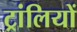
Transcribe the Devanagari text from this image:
ट्रांलियों